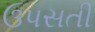
ઉપસતી